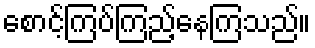
စောင့်ကြပ်ကြည့်နေကြသည်။